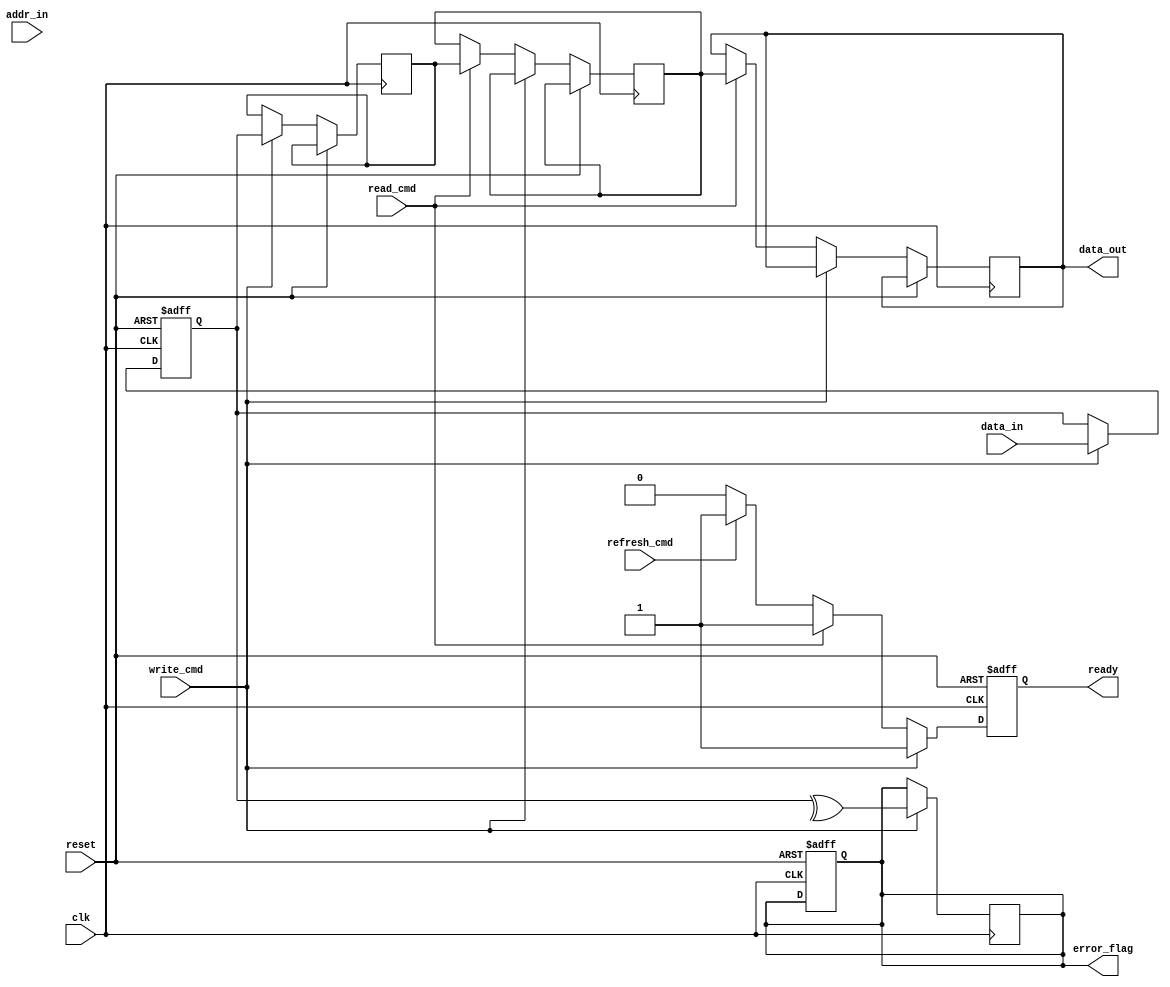
module IO_Block (
    input wire clk,                // Clock signal
    input wire reset,              // Reset signal
    input wire [DATA_WIDTH-1:0] data_in, // Data input from external controller
    input wire [ADDR_WIDTH-1:0] addr_in, // Address input from external controller
    input wire read_cmd,           // Read command signal
    input wire write_cmd,          // Write command signal
    input wire refresh_cmd,        // Refresh command signal
    output reg [DATA_WIDTH-1:0] data_out, // Data output to external controller
    output reg ready,              // Ready signal for external controller
    output reg error_flag          // Error detection flag
);

parameter DATA_WIDTH = 32;        // Width of data bus
parameter ADDR_WIDTH = 16;        // Width of address bus

// Internal signals
reg [DATA_WIDTH-1:0] data_buffer; // Buffer for incoming data
reg [ADDR_WIDTH-1:0] addr_latch;  // Latch for address
reg [DATA_WIDTH-1:0] serialized_data; // Serialized data for transmission
reg [DATA_WIDTH-1:0] deserialized_data; // Deserialized data for reception
reg power_state;                  // Power state of the I/O block

// Data I/O Buffers
always @(posedge clk or posedge reset) begin
    if (reset) begin
        data_buffer <= 0;
        addr_latch <= 0;
        ready <= 0;
        error_flag <= 0;
    end else begin
        if (write_cmd) begin
            data_buffer <= data_in; // Capture incoming data
            addr_latch <= addr_in;   // Capture address
            // Serialize data for transmission (simple example)
            serialized_data <= data_buffer; // In a real design, implement serialization logic
            ready <= 1; // Indicate ready for transmission
        end else if (read_cmd) begin
            // Deserialize data for reception (simple example)
            deserialized_data <= serialized_data; // In a real design, implement deserialization logic
            data_out <= deserialized_data; // Output data to external controller
            ready <= 1; // Indicate ready for data output
        end else if (refresh_cmd) begin
            // Handle refresh logic (not implemented in this example)
            ready <= 1; // Indicate ready for refresh operation
        end else begin
            ready <= 0; // Not ready if no command is active
        end
    end
end

// Error Detection Logic (simple parity check example)
always @(posedge clk) begin
    if (write_cmd) begin
        // Simple parity check for error detection
        error_flag <= ^data_buffer; // XOR all bits for parity
    end
end

// Power Management Logic
always @(posedge clk or posedge reset) begin
    if (reset) begin
        power_state <= 1; // Power on
    end else begin
        // Example power gating logic (simplified)
        if (!ready) begin
            power_state <= 0; // Power off when not ready
        end else begin
            power_state <= 1; // Power on when ready
        end
    end
end

endmodule